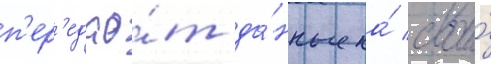
п'ер'едао́т да́нные на́ свои́